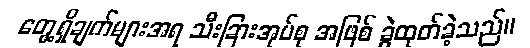
တွေ့ရှိချက်များအရ သီးခြားအုပ်စု အဖြစ် ခွဲထုတ်ခဲ့သည်။